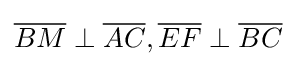
{\overline {BM}}\perp {\overline {AC}},{\overline {EF}}\perp {\overline {BC}}